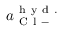
a _ { \mathrm { ~ C ~ l ~ - ~ } } ^ { \mathrm { ~ h ~ y ~ d ~ . ~ } }